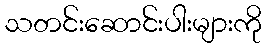
သတင်းဆောင်းပါးများကို